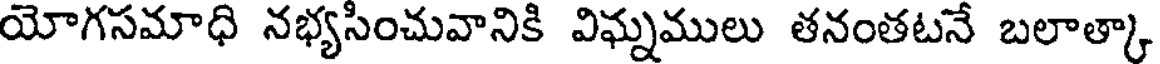
యోగసమాధి నభ్యసించువానికి విఘ్నములు తనంతటనే బలాత్కా